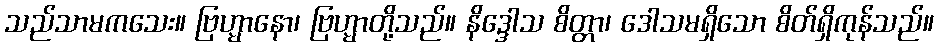
သည်သာမကသေး။ ဗြဟ္မာနော၊ ဗြဟ္မာတို့သည်။ နိဒ္ဒေါသ စိတ္တာ၊ ဒေါသမရှိသော စိတ်ရှိကုန်သည်။